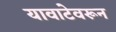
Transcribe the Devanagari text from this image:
यावाटेवरून